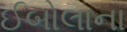
ઈબોલાના